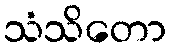
သံသိတော